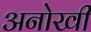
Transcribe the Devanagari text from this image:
अनोखीं